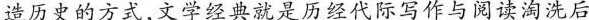
造历史的方式,文学经典就是历经代际写作与阅读淘洗后